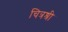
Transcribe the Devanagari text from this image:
चित्रश्री